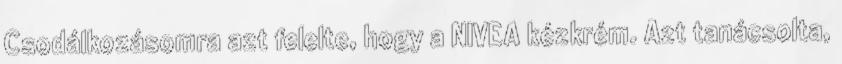
Csodálkozásomra azt felelte, hogy a NIVEA kézkrém. Azt tanácsolta,